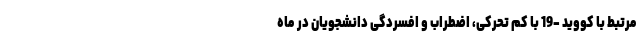
مرتبط با کووید -19 با کم تحرکی، اضطراب و افسردگی دانشجویان در ماه